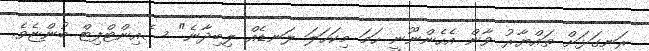
ރަނގަޅަށް ތައްޔާރު ވާން އެހެންނޫނީ ހަމަ މިކަހަލަ ލަނޑެއް ލިބިދާނެ" ސެއިންޓްފިޓް ބުންޏެވެ.